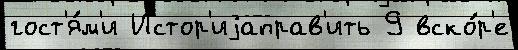
гост'я́м'и Истор'иjаправ'ить 9 вско́р'е